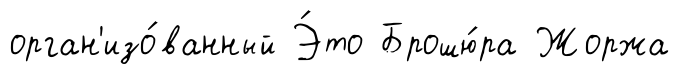
орган'изо́ванный Э́то Брошю́ра Жоржа